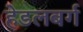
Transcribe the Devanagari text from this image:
हेडलबर्ग